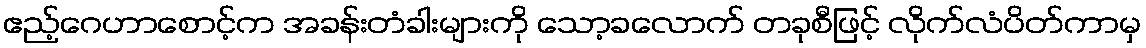
ဧည့်ဂေဟာစောင့်က အခန်းတံခါးများကို သော့ခလောက် တခုစီဖြင့် လိုက်လံပိတ်ကာမှ